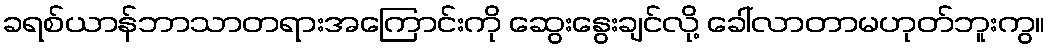
ခရစ်ယာန်ဘာသာတရားအကြောင်းကို ဆွေးနွေးချင်လို့ ခေါ်လာတာမဟုတ်ဘူးကွ။